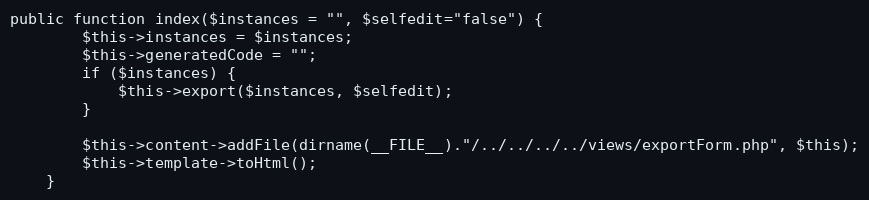
Language: PHP
public function index($instances = "", $selfedit="false") {
		$this->instances = $instances;
		$this->generatedCode = "";
		if ($instances) {
			$this->export($instances, $selfedit);
		}

		$this->content->addFile(dirname(__FILE__)."/../../../../views/exportForm.php", $this);
		$this->template->toHtml();
	}